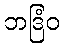
ဘဒြံဝ